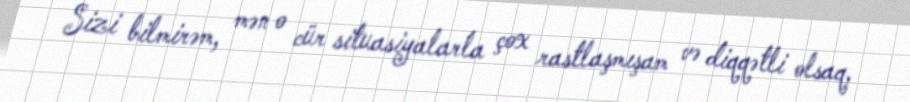
Sizi bilmirəm, mən o cür situasiyalarla çox rastlaşmışam və diqqətli olsaq,